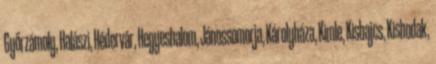
Győrzámoly, Halászi, Hédervár, Hegyeshalom, Jánossomorja, Károlyháza, Kimle, Kisbajcs, Kisbodak,